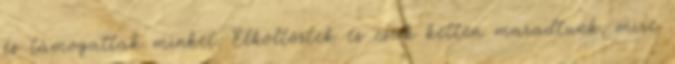
és támogattak minket. Elköltöztek és csak ketten maradtunk, mire